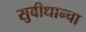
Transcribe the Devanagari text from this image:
सुवीधान्चा